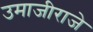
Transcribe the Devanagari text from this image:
उमाजीराजे